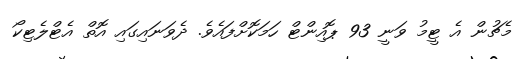
މެޗުން އެ ޓީމު ވަނީ 93 ޕޮއިންޓް ހަމަކޮށްފައެވެ. ދެވަނައިގައި އޮތް އެޓްލެޓިކޯ